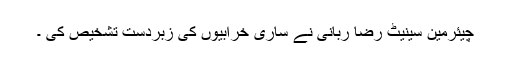
چیئرمین سینیٹ رضا ربانی نے ساری خرابیوں کی زبردست تشخیص کی ۔